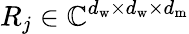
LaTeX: R_{j}\in\mathbb{C}^{d_{\mathrm{w}}\times d_{\mathrm{w}}\times d_{\mathrm{m}}}